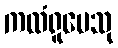
ကထံရူပေသု